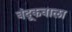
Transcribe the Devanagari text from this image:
बंदूकवाला